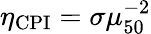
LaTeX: \eta_{\mathrm{CPI}}=\sigma\mu_{50}^{-2}